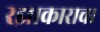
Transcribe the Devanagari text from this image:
रझाकाराचा